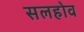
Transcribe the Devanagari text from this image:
सलहोव